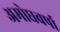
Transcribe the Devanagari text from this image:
अमोघवर्षा